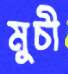
মুচী